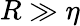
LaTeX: R\gg\eta